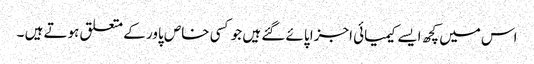
اس میں کچھ ایسے کیمیائی اجزا پائے گئے ہیں جو کسی خاص پاور کے متعلق ہوتے ہیں ۔